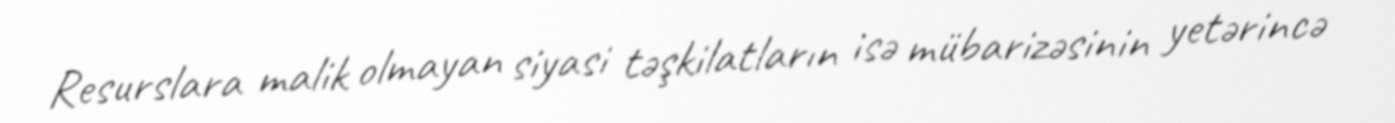
Resurslara malik olmayan siyasi təşkilatların isə mübarizəsinin yetərincə